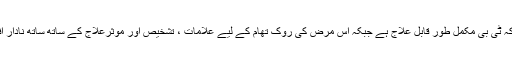
صوبائی وزیر راجہ اشفاق سرور نے ورکشاپ سے خطاب کرتے ہوئے کہا کہ ٹی بی مکمل طور قابل علاج ہے جبکہ اس مرض کی روک تھام کے لیے علامات ، تشخیص اور موثرعلاج کے ساتھ ساتھ نادار افراد میں اس مرض سے متعلق شعور اجاگر کرنے کی بھی اشد ضرورت ہے۔